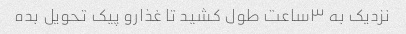
نزدیک به ۳ساعت طول کشید تا غذارو پیک تحویل بده